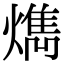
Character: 𤎱